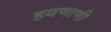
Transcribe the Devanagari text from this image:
हयणाणी